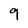
Character: 9